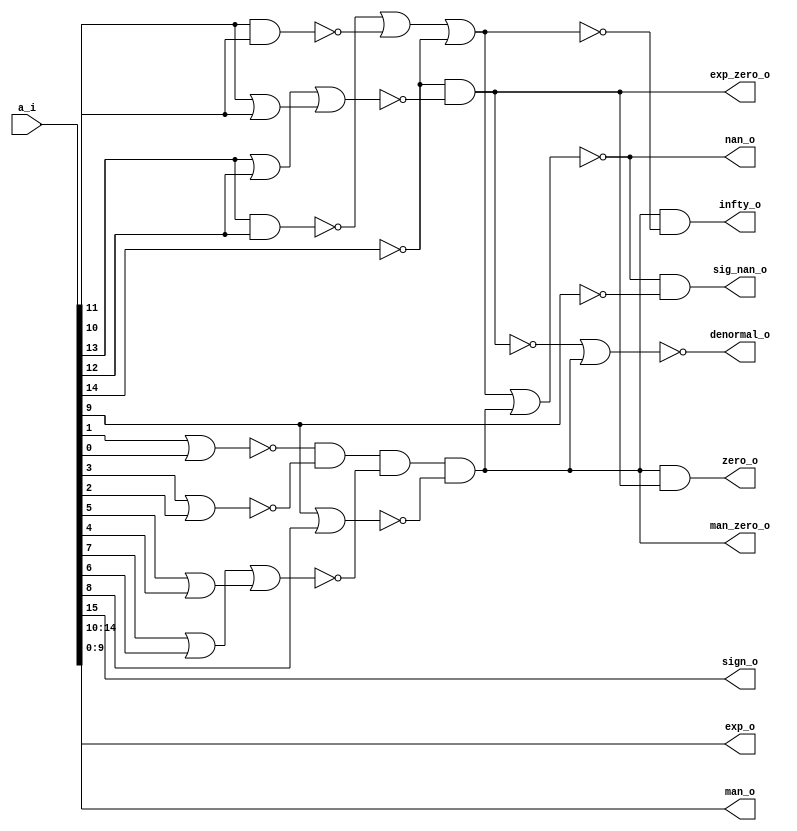
// This program was cloned from: https://github.com/chipsalliance/synlig
// License: Apache License 2.0

/* Generated by Yosys 0.27+9 (git sha1 101d19bb6, gcc 11.2.0-7ubuntu2 -fPIC -Os) */

(* top =  1  *)

module bsg_fpu_preprocess(a_i, zero_o, nan_o, sig_nan_o, infty_o, exp_zero_o, man_zero_o, denormal_o, sign_o, exp_o, man_o);
  wire _00_;
  wire _01_;
  wire _02_;
  wire _03_;
  wire _04_;
  wire _05_;
  wire _06_;
  wire _07_;
  wire _08_;
  wire _09_;
  wire _10_;
  wire _11_;
  wire _12_;
  wire _13_;
  wire _14_;
  wire _15_;
  wire _16_;
  
  input [15:0] a_i;
  wire [15:0] a_i;
  
  output denormal_o;
  wire denormal_o;
  
  output [4:0] exp_o;
  wire [4:0] exp_o;
  
  wire exp_zero;
  
  output exp_zero_o;
  wire exp_zero_o;
  
  output infty_o;
  wire infty_o;
  
  output [9:0] man_o;
  wire [9:0] man_o;
  
  output man_zero_o;
  wire man_zero_o;
  
  wire mantissa_zero;
  
  output nan_o;
  wire nan_o;
  
  output sig_nan_o;
  wire sig_nan_o;
  
  output sign_o;
  wire sign_o;
  
  output zero_o;
  wire zero_o;
  assign _00_ = ~(a_i[1] | a_i[0]);
  assign _01_ = a_i[3] | a_i[2];
  assign _02_ = _00_ & ~(_01_);
  assign _03_ = a_i[5] | a_i[4];
  assign _04_ = a_i[7] | a_i[6];
  assign _05_ = _04_ | _03_;
  assign _06_ = _02_ & ~(_05_);
  assign _07_ = a_i[9] | a_i[8];
  assign man_zero_o = _06_ & ~(_07_);
  assign _08_ = ~a_i[14];
  assign _09_ = a_i[11] | a_i[10];
  assign _10_ = a_i[13] | a_i[12];
  assign _11_ = _10_ | _09_;
  assign exp_zero_o = _08_ & ~(_11_);
  assign _12_ = ~exp_zero_o;
  assign zero_o = man_zero_o & ~(_12_);
  assign _13_ = ~(a_i[11] & a_i[10]);
  assign _14_ = ~(a_i[13] & a_i[12]);
  assign _15_ = _14_ | _13_;
  assign _16_ = _15_ | _08_;
  assign nan_o = ~(_16_ | man_zero_o);
  assign sig_nan_o = nan_o & ~(a_i[9]);
  assign infty_o = man_zero_o & ~(_16_);
  assign denormal_o = ~(_12_ | man_zero_o);
  assign exp_o = a_i[14:10];
  assign exp_zero = exp_zero_o;
  assign man_o = a_i[9:0];
  assign mantissa_zero = man_zero_o;
  assign sign_o = a_i[15];
endmodule